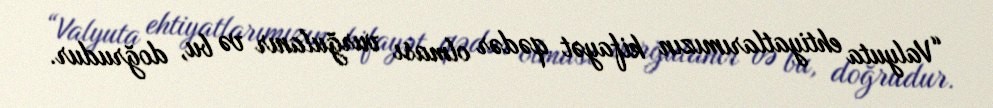
“Valyuta ehtiyatlarımızın kifayət qədər olması vurğulanır və bu, doğrudur.